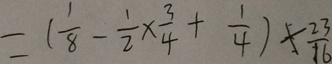
= ( \frac { 1 } { 8 } - \frac { 1 } { 2 } \times \frac { 3 } { 4 } + \frac { 1 } { 4 } ) \times \frac { 2 3 } { 1 6 }